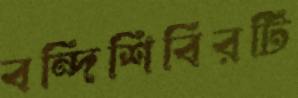
বন্দিশিবিরটি